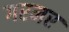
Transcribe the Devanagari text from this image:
गरमर